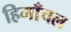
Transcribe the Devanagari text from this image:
हिमाँचल